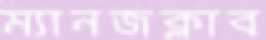
ম্যানজক্লাব